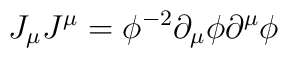
J_{\mu}J^{\mu}=\phi^{-2}\partial_{\mu}\phi \partial^{\mu}\phi